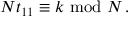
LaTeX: N t _ { 1 1 } \equiv k \ \mathrm { m o d } \ N \, .